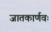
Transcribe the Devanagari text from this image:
जातकार्णवः